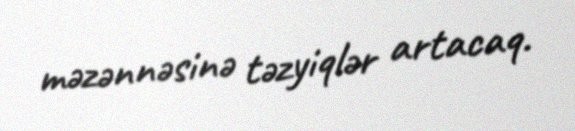
məzənnəsinə təzyiqlər artacaq.